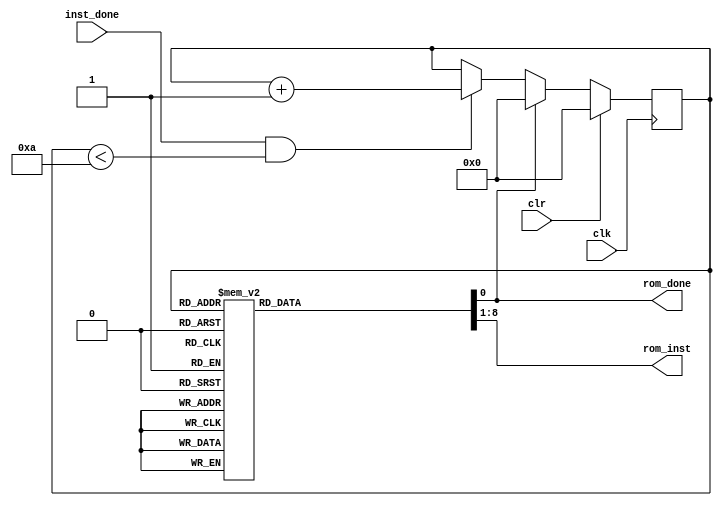
module internal_rom(clk, clr, inst_done, rom_inst, rom_done);
	input clk, clr, inst_done;
	output reg [7:0] rom_inst;
	output reg rom_done;
	reg [3:0] PC;
	always@(posedge clk)
		if(clr)
			PC <= 0;
		else if(~rom_done)
		begin
			if(inst_done & (PC < 10))
				PC <= PC + 1;
		end
		else 
			PC <= 0;
	always@(*)
	begin
		rom_done = 1'b0;
		case(PC)
		   0:	rom_inst = 8'b00000101; 
			1:	rom_inst = 8'b00010100;	
			2:	rom_inst = 8'b00100011;	
			3: rom_inst = 8'b00110010; 
			4:	rom_inst = 8'b11011001;	
			5:	rom_inst = 8'b11000100;	
			6: rom_inst = 8'b11101110;	
			7:	rom_inst = 8'b11010011;	
			8: rom_inst = 8'b01000000;	
			9: rom_inst = 8'b10000100;	
			default: 
			begin
				rom_done = 1'b1;	
				rom_inst = 8'b10000000;
			end
		endcase
	end
endmodule